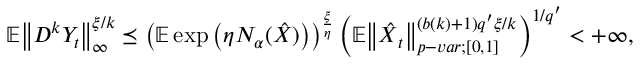
\mathbb { E } { \left\lVert { D ^ { k } Y _ { t } } \right\rVert } _ { \infty } ^ { \xi / k } \preceq \left( \mathbb { E } \exp \left( \eta N _ { \alpha } ( \boldsymbol { \hat { X } } ) \right) \right) ^ { \frac { \xi } { \eta } } \left( \mathbb { E } { \left\lVert { \boldsymbol { \hat { X } } _ { t } } \right\rVert } _ { p - v a r ; [ 0 , 1 ] } ^ { ( b ( k ) + 1 ) q ^ { \prime } \xi / k } \right) ^ { 1 / q ^ { \prime } } < + \infty ,